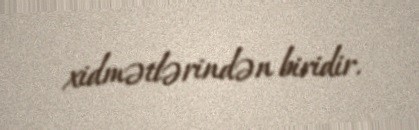
xidmətlərindən biridir.